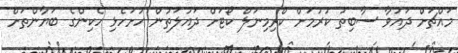
މައްޗަށް ދައުވާ ސާބިތު ކުރުމަށް ކްރިމިނަލް ކޯޓަށް ދައުލަތުން ހުށަހެޅި ހެކިންގެ ބަޔާންތަށް